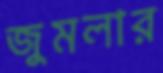
জুমলার